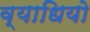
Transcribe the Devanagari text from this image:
व्याधियो